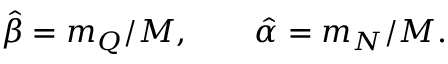
\hat { \beta } = m _ { Q } / M , \qquad \hat { \alpha } = m _ { N } / M .